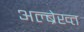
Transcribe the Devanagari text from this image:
अल्ब्रेख्त